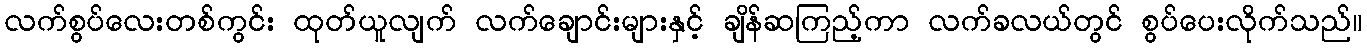
လက်စွပ်လေးတစ်ကွင်း ထုတ်ယူလျက် လက်ချောင်းများနှင့် ချိန်ဆကြည့်ကာ လက်ခလယ်တွင် စွပ်ပေးလိုက်သည်။